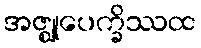
အဇ္ဈုပေက္ခိဿထ